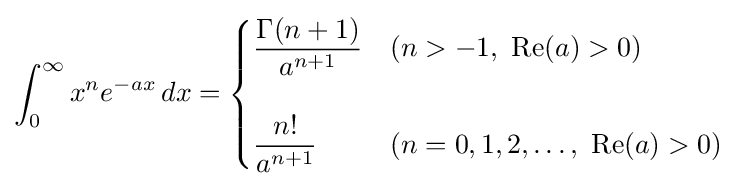
\int _{0}^{\infty }x^{n}e^{-ax}\,dx={\begin{cases}{\dfrac {\Gamma (n+1)}{a^{n+1}}}&(n>-1,\ \operatorname {Re} (a)>0)\\\\{\dfrac {n!}{a^{n+1}}}&(n=0,1,2,\ldots ,\ \operatorname {Re} (a)>0)\end{cases}}